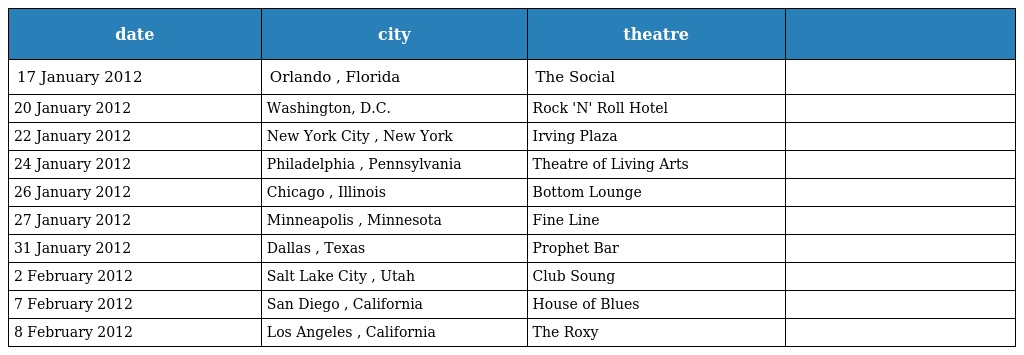
| date | city | theatre |  |
 | --- | --- | --- | --- |
 | 17 January 2012 | Orlando , Florida | The Social |  |
 | 20 January 2012 | Washington, D.C. | Rock 'N' Roll Hotel |  |
 | 22 January 2012 | New York City , New York | Irving Plaza |  |
 | 24 January 2012 | Philadelphia , Pennsylvania | Theatre of Living Arts |  |
 | 26 January 2012 | Chicago , Illinois | Bottom Lounge |  |
 | 27 January 2012 | Minneapolis , Minnesota | Fine Line |  |
 | 31 January 2012 | Dallas , Texas | Prophet Bar |  |
 | 2 February 2012 | Salt Lake City , Utah | Club Soung |  |
 | 7 February 2012 | San Diego , California | House of Blues |  |
 | 8 February 2012 | Los Angeles , California | The Roxy |  |